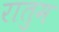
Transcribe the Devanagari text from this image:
रातुम